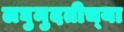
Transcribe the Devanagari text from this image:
लघुमुदतीच्‍या